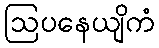
ဩပနေယျိကံ